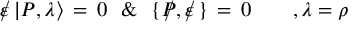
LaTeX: \! \! \! \! \! \! \! \! \! \! \! \! \! \! \! \! \! \! \! \! { \rlap / \varepsilon \, | P , \lambda \rangle \, = \, 0 \, \, \, \, \& \, \, \, \, \{ \, \rlap / \! P , \rlap / \varepsilon \, \} \, = \, 0 \, \, \, \, \, \, \, \, \, \, \, \, , \lambda = \rho }